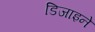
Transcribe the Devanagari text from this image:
डिजाइने